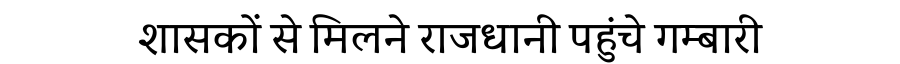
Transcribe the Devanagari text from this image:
शासकों से मिलने राजधानी पहुंचे गम्बारी